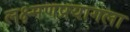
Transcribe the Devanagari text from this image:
लक्ष्मणप्रयागला